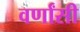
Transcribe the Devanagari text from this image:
वर्णांसी